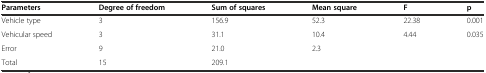
| Parameters | Degree of freedom | Sum of squares | Mean square | F | p |
 | --- | --- | --- | --- | --- | --- |
 | Vehicle type | 3 | 156.9 | 52.3 | 22.38 | 0.001 |
 | Vehicular speed | 3 | 31.1 | 10.4 | 4.44 | 0.035 |
 | Error | 9 | 21.0 | 2.3 |  |  |
 | Total | 15 | 209.1 |  |  |  |